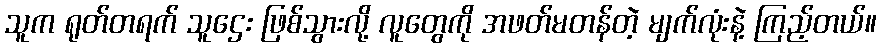
သူက ရုတ်တရက် သူဌေး ဖြစ်သွားလို့ လူတွေကို အဖတ်မတန်တဲ့ မျက်လုံးနဲ့ ကြည့်တယ်။